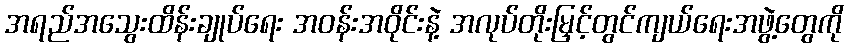
အရည်အသွေးထိန်းချုပ်ရေး အဝန်းအဝိုင်းနဲ့ အလုပ်တိုးမြှင့်တွင်ကျယ်ရေးအဖွဲ့တွေကို